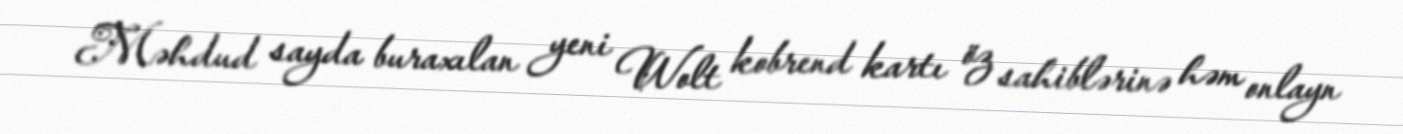
Məhdud sayda buraxılan yeni Wolt kobrend kartı öz sahiblərinə həm onlayn